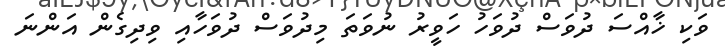
ވަކި ޚާއްސަ ދުވަސް ދުވަހު ހަވީރު ނުވަތަ މިދުވަސް ދުވަހާއި ވިދިގެން އަންނަ